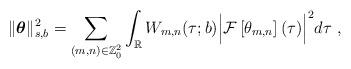
LaTeX: \begin{align*}\| \boldsymbol{\theta} \|_{s,b}^2 = \sum_{(m,n) \in \mathbb{Z}^2_0 }\int_{\mathbb{R}} W_{m,n} (\tau; b) \Big | \mathcal{F} \left [ \theta_{m,n} \right ] (\tau) \Big |^2 d\tau \ , \end{align*}